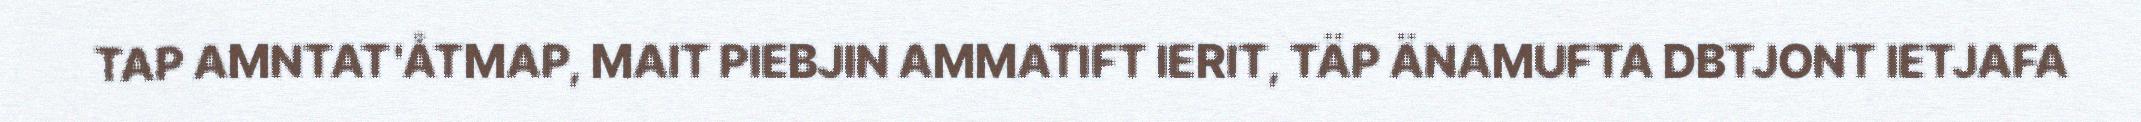
TAP AMNTAT'ÅTMAP, MAIT PIEBJIN AMMATIFT IERIT, TÄP ÄNAMUFTA DBTJONT IETJAFA